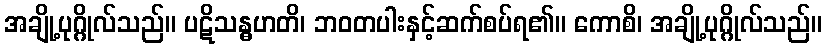
အချို့ပုဂ္ဂိုလ်သည်။ ပဋိသန္ဓဟတိ၊ ဘဝတပါးနှင့်ဆက်စပ်ရ၏။ ကောစိ၊ အချို့ပုဂ္ဂိုလ်သည်။